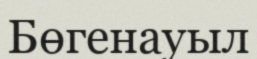
Бөгенауыл